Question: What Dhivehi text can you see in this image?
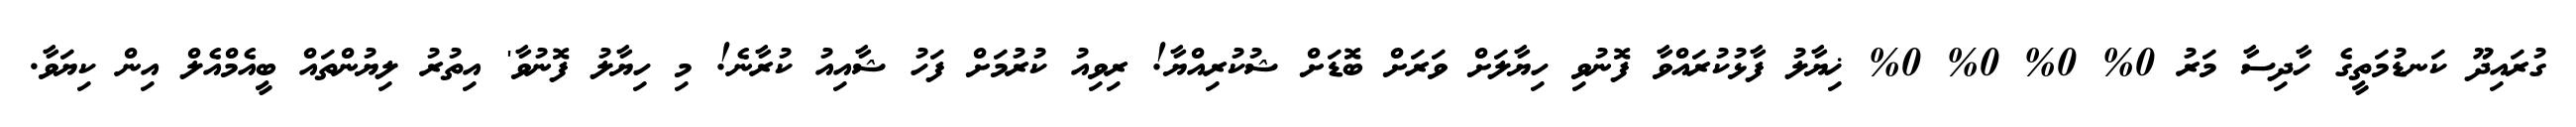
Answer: ގުރައިދޫ ކަނޑުމަތީގެ ހާދިސާ މަރު 0% 0% 0% 0% ޚިޔާލު ފާޅުކުރައްވާ ފޮނުވި ހިޔާލަށް ވަރަށް ބޮޑަށް ޝުކުރިއްޔާ! ރިވިއު ކުރުމަށް ފަހު ޝާއިއު ކުރާނެ! މި ހިޔާލު ފޮނުވާ' އިތުރު ލިޔުންތައް ބީއެމްއެލް އިން ކިޔަވާ.